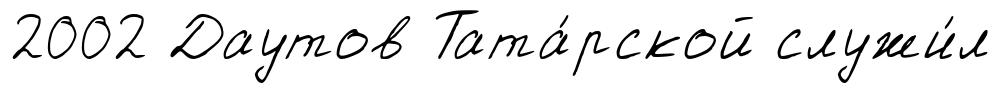
2002 Даутов Тата́рской служи́л